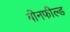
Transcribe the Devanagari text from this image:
बीनफील्ड